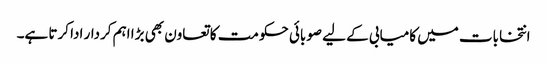
انتخابات میں کامیابی کے لیے صوبائی حکومت کا تعاون بھی بڑا اہم کردار ادا کرتا ہے۔